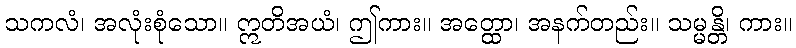
သကလံ၊ အလုံးစုံသော။ ဣတိအယံ၊ ဤကား။ အတ္ထော၊ အနက်တည်း။ သမ္မန္တိ၊ ကား။